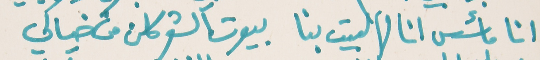
انا مأسس انا لهالبيت بنا   بيوت الشعر كلن من خيالي